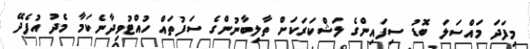
މިފަދަ މައްސަލަ ބޮޑު ސިފައިންގެ ލަޝްކަރަކަށް ތާލިބާނުންގެ ސަފުތައް ހުއްޓުވިދާނެކަމާ މެދު އުފެދޭ